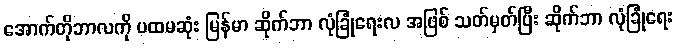
အောက်တိုဘာလကို ပထမဆုံး မြန်မာ ဆိုက်ဘာ လုံခြုံရေးလ အဖြစ် သတ်မှတ်ပြီး ဆိုက်ဘာ လုံခြုံရေး